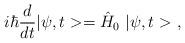
LaTeX: \begin{align*}i\hbar\frac{d}{dt}|\psi,t>=\hat{H}_0\ |\psi,t>\ ,\end{align*}